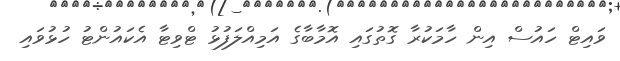
ވައިޓް ހައުސް އިން ހާމަކުރާ ގޮތުގައި އޮމާބާގެ އަމިއްލަފުޅު ޓްވިޓާ އެކައުންޓު ހުޅުވައި